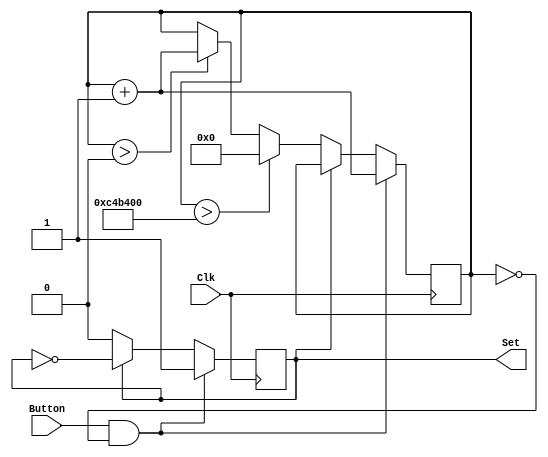
module Debounce(input Clk,
                input Button,
                output reg Set);
    reg [24:0] count = 25'b0;
    
    always @(posedge Clk) begin
        if (Button == 1'b1 && count == 25'b0) begin
            Set   <= 1'b1;
            count <= count + 1'b1;
        end
        else if (Set) begin
            Set <= ~Set;
        end
            else if (count > 25'd80000000) begin // Debounce time: 20ms; Temp: 200ns * 2
            count <= 25'b0;
            end
            else if (count > 25'b0) begin
            count <= count + 1'b1;
            end
        else begin
            Set <= 1'b0;
        end
    end
    
endmodule